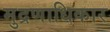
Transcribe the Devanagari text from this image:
मुद्रणाधिकार